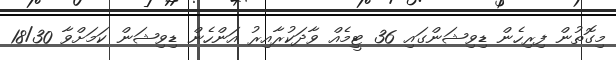
މިގޮތުން ފިރިހެން ޑިވިޝަންގައި 36 ޓީމެއް ވާދަކުރާއިރު އަންހެން ޑިވިޝަން ކަމަށްވާ 18/30